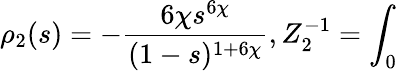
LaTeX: \rho_{2}(s)=-\frac{6\chi s^{6\chi}}{(1-s)^{1+6\chi}},Z_{2}^{-1}=\int_{0}